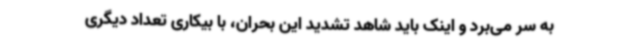
به سر می‌برد و اینک باید شاهد تشدید این بحران، با بیکاری تعداد دیگری